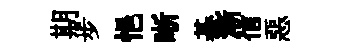
期步悒晰綦漸信惡